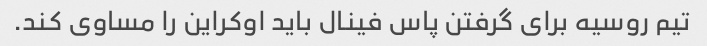
تیم روسیه برای گرفتن پاس فینال باید اوکراین را مساوی کند.